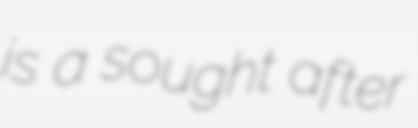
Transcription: is a sought after